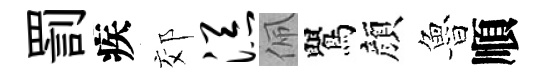
罰疾郊添佩鸎顔魯順